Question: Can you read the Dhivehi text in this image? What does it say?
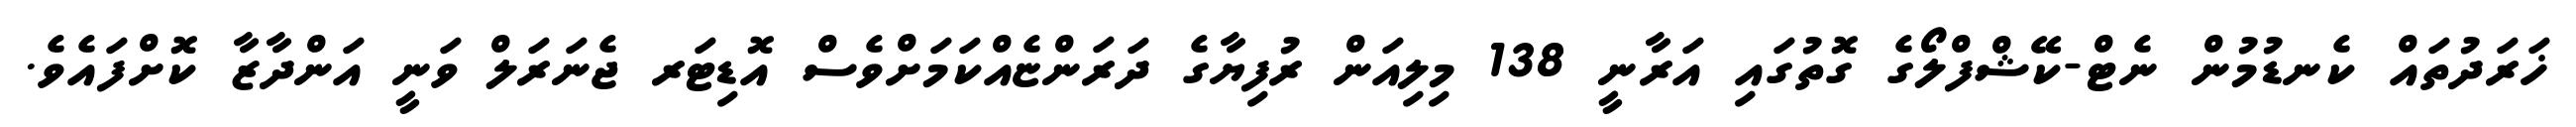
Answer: ޚަރަދުތައް ކެނޑުމުން ނެޓް-ކޭޝްފްލޯގެ ގޮތުގައި އަރާނީ 138 މިލިއަން ރުފިޔާގެ ދަރަންޏެއްކަމަށްވެސް އޮޑިޓަރ ޖެނަރަލް ވަނީ އަންދާޒާ ކޮށްފައެވެ.